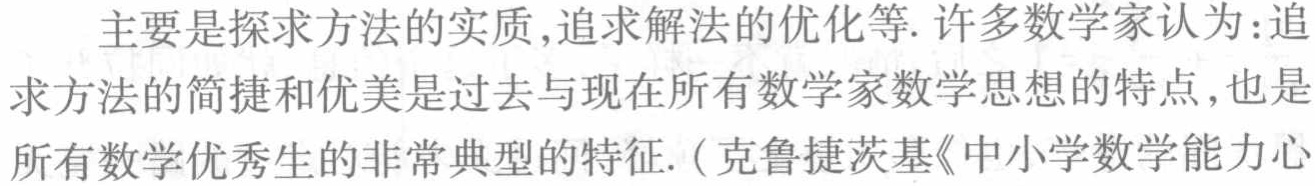
主要是探求方法的实质,追求解法的优化等. 许多数学家认为:追求方法的简捷和优美是过去与现在所有数学家数学思想的特点,也是所有数学优秀生的非常典型的特征. (克鲁捷茨基《中小学数学能力心